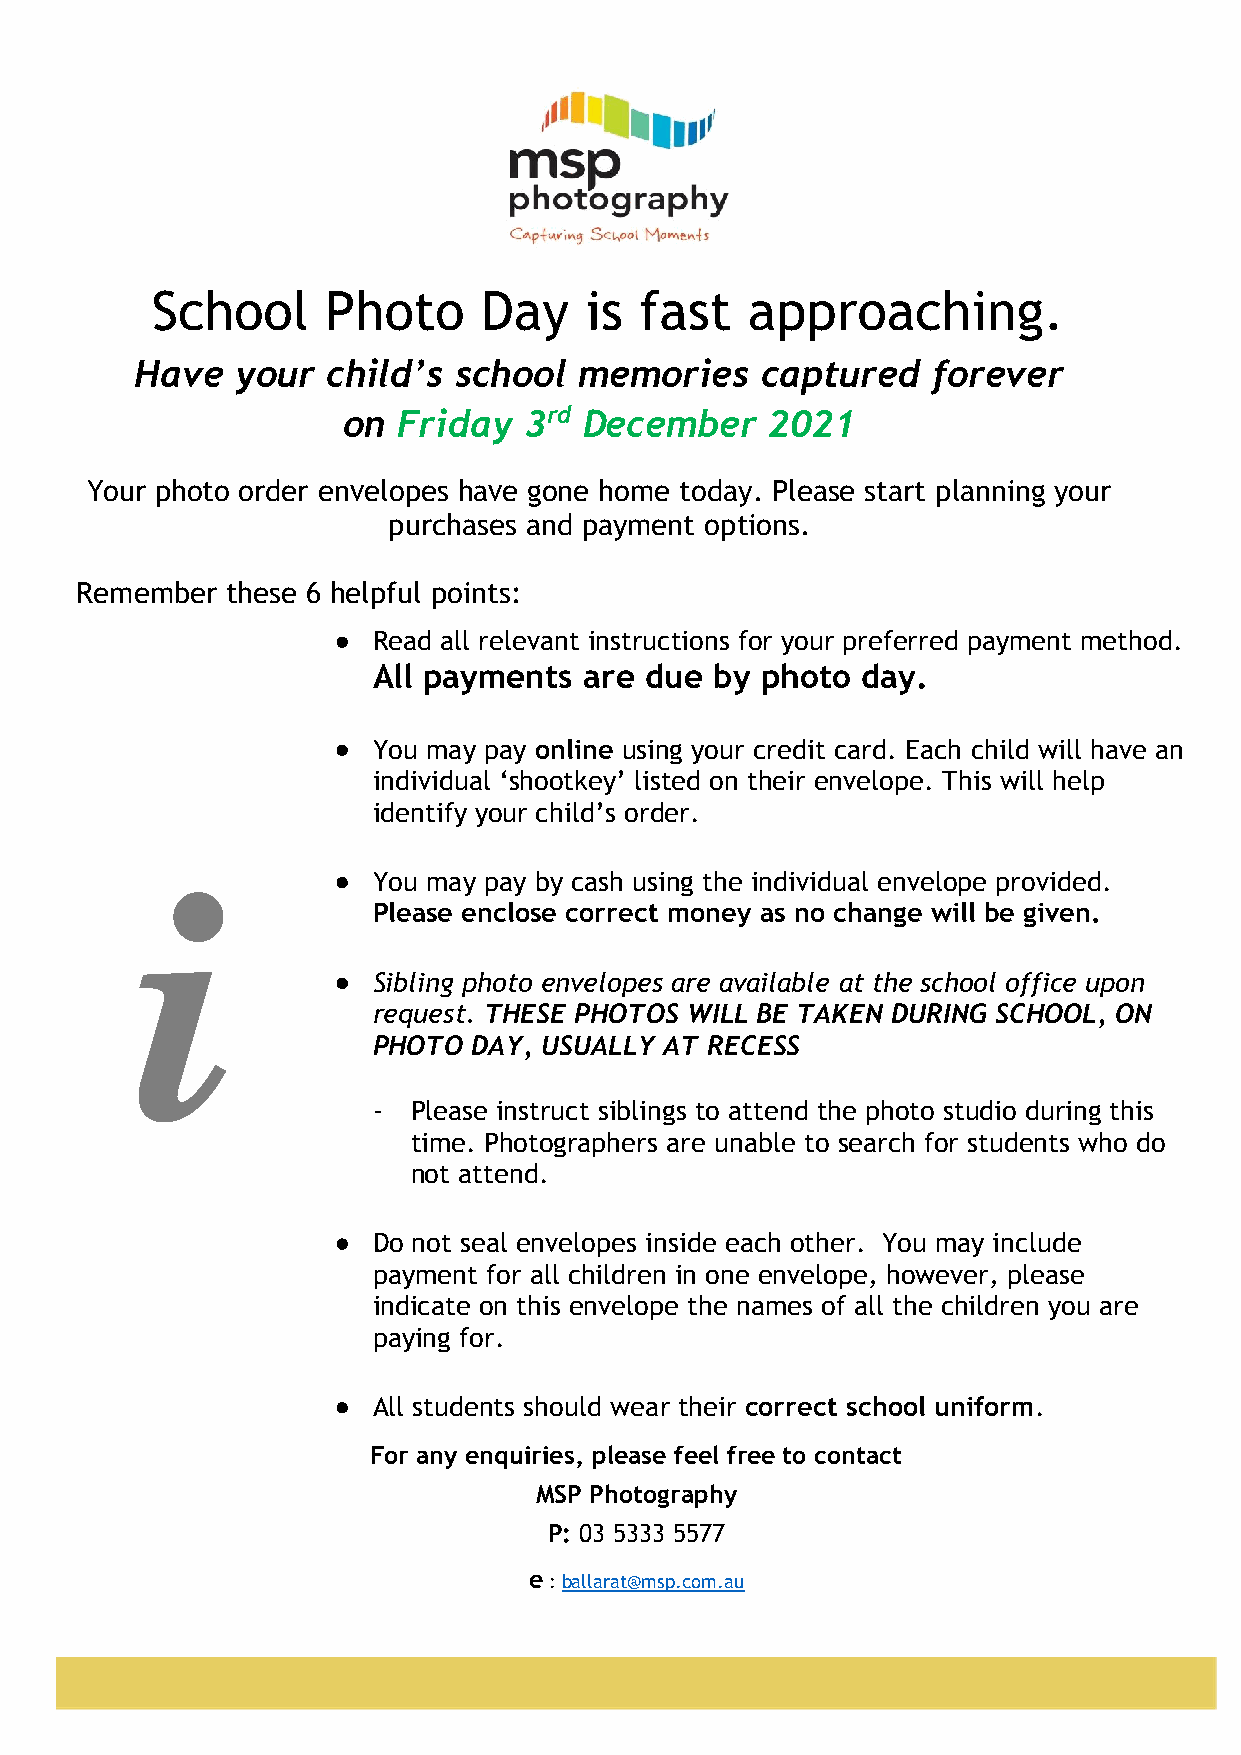
School     Photo      Day    is fast   approaching.
 Have   your  child’s school  memories    captured    forever
 on Friday   3rd December    2021
 Your photo order envelopes have gone home today. Please start planning your
 purchases and payment options.
 Remember  these 6 helpful points:
 •  Read all relevant instructions for your preferred payment method.
 All payments  are due by photo  day.
 •  You may pay online using your credit card. Each child will have an
 individual ‘shootkey’ listed on their envelope. This will help
 identify your child’s order.
 i             •  You may pay by cash using the individual envelope provided.
 Please enclose correct money as no change will be given.
 •  Sibling photo envelopes are available at the school office upon
 request. THESE PHOTOS WILL BE TAKEN DURING SCHOOL, ON
 PHOTO DAY, USUALLY AT RECESS
 - Please instruct siblings to attend the photo studio during this
 time. Photographers are unable to search for students who do
 not attend.
 •  Do not seal envelopes inside each other. You may include
 payment for all children in one envelope, however, please
 indicate on this envelope the names of all the children you are
 paying for.
 •  All students should wear their correct school uniform.
 For any enquiries, please feel free to contact
 MSP Photography
 P: 03 5333 5577
 e : ballarat@msp.com.au